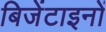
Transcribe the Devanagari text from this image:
बिजेंटाइनों